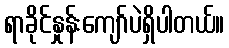
ရာခိုင်နှုန်းကျော်ပဲရှိပါတယ်။